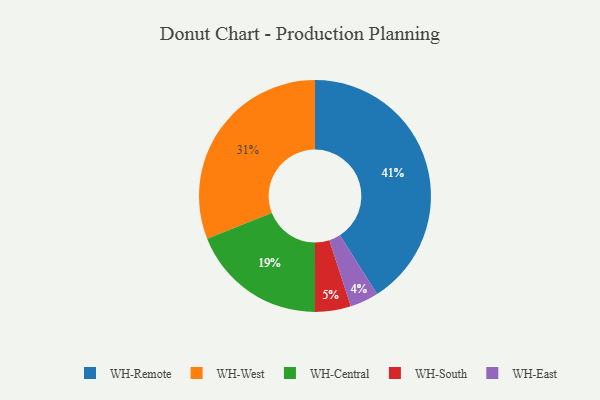
{"axis": {"x": "Category", "y": "Percentage"}, "legend": ["WH-Central", "WH-East", "WH-Remote", "WH-South", "WH-West"], "data": [{"x": "WH-West", "y": 31, "type": "WH-West"}, {"x": "WH-South", "y": 5, "type": "WH-South"}, {"x": "WH-Central", "y": 19, "type": "WH-Central"}, {"x": "WH-East", "y": 4, "type": "WH-East"}, {"x": "WH-Remote", "y": 41, "type": "WH-Remote"}]}